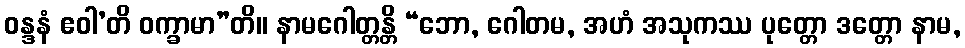
ဝန္ဒနံ ဧဝါ’တိ ဝက္ခာမာ”တိ။ နာမဂေါတ္တန္တိ “ဘော, ဂေါတမ, အဟံ အသုကဿ ပုတ္တော ဒတ္တော နာမ,